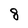
Character: 8